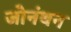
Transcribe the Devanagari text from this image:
जोनंथन